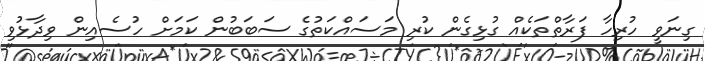
ގިނަވީ ހުރިހާ ފަރާތްތަކެއް ގުޅިގެން ކުރި މަސައްކަތުގެ ސަބަބުން ކަމަށް ހުސެއިން ވިދާޅުވި